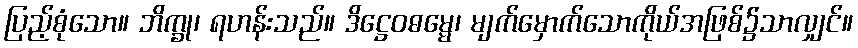
ပြည့်စုံသော။ ဘိက္ခု၊ ရဟန်းသည်။ ဒိဋ္ဌေဝဓမ္မေ၊ မျက်မှောက်သောကိုယ်အဖြစ်၌သာလျှင်။